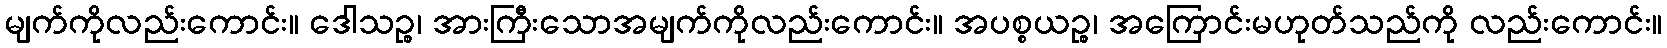
မျက်ကိုလည်းကောင်း။ ဒေါသဉ္စ၊ အားကြီးသောအမျက်ကိုလည်းကောင်း။ အပစ္စယဉ္စ၊ အကြောင်းမဟုတ်သည်ကို လည်းကောင်း။